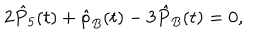
LaTeX: 2 \hat { P } _ { 5 } ( t ) + \hat { \rho } _ { B } ( t ) - 3 \hat { P } _ { B } ( t ) = 0 ,